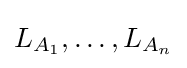
L_{A_{1}},\ldots ,L_{A_{n}}